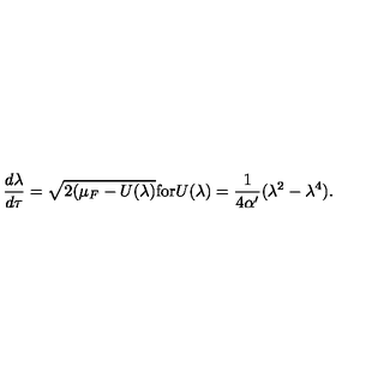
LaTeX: \frac { d \lambda } { d \tau } = \sqrt { 2 ( \mu _ { F } - U ( \lambda ) } \mathrm { f o r } U ( \lambda ) = \frac { 1 } { 4 \alpha ^ { \prime } } ( \lambda ^ { 2 } - \lambda ^ { 4 } ) .